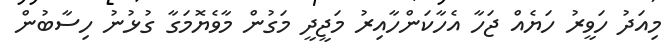
މިއަދު ހަވީރު ހަޔެއް ޖަހާ އެހާކަންހާއިރު މަޖީދީ މަގުން މާވެޔޮމަގާ ގުޅުނު ހިސާބުން